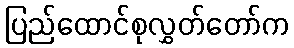
ပြည်ထောင်စုလွှတ်တော်က